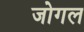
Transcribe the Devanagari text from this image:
जोगल